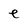
Character: e